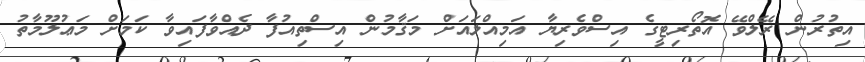
އިތުރުން ރޭލްވޭ އޮތޯރިޓީގެ އިސްވެރިޔާ އަމިއްލައަށް މަޤާމުން އިސްތިއުފާ ދެއްވާފައިވާ ކަމަށް މަޢުލޫމާތު